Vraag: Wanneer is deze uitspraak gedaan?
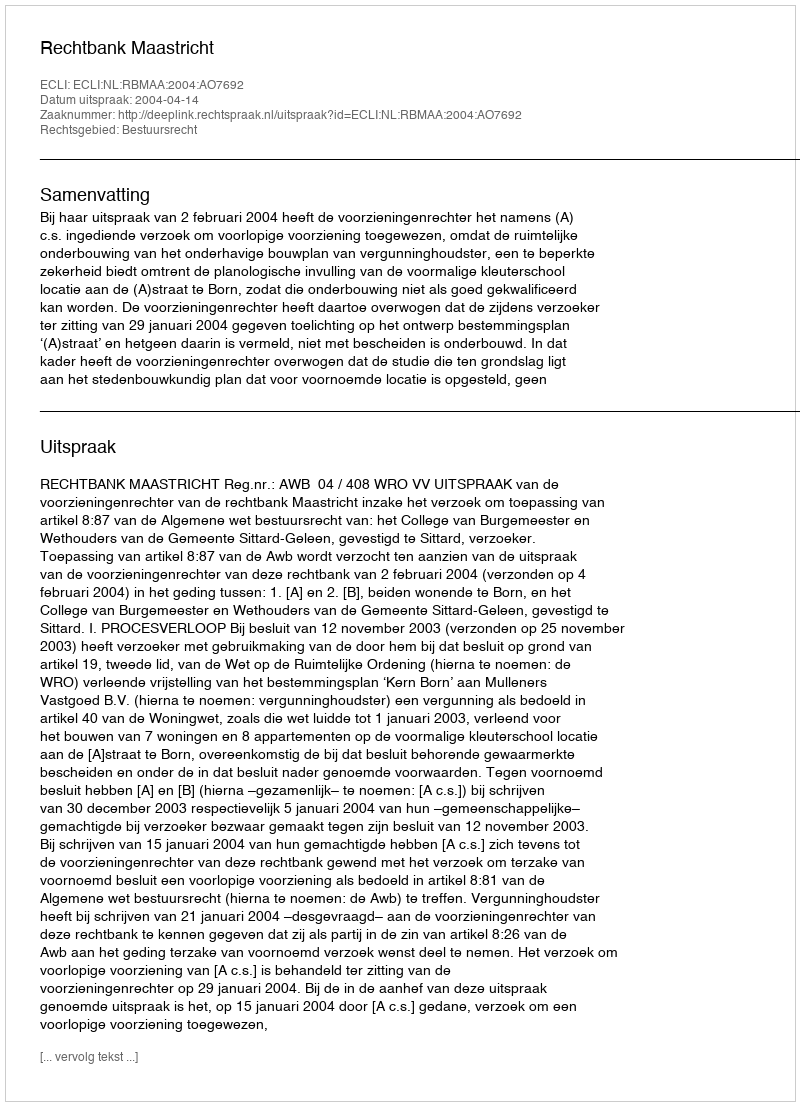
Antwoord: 2004-04-14